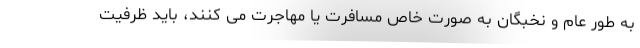
به طور عام و نخبگان به صورت خاص مسافرت یا مهاجرت می کنند، باید ظرفیت